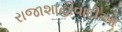
રાજાશાહીવાદીઓ